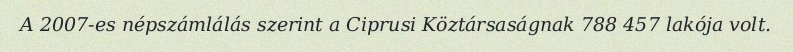
A 2007-es népszámlálás szerint a Ciprusi Köztársaságnak 788 457 lakója volt.